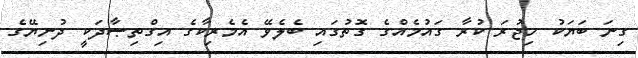
ގިނަ ބަޔަކު ހިޖުރަ ކުރާ ގައުމެއްގެ ގޮތުގައި ބެލެވޭ އެމެރިކާގެ އިގްތިޞާދަކީ ދުނިޔޭގެ